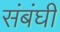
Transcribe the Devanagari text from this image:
संबंघी